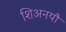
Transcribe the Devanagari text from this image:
शिअनयौ